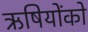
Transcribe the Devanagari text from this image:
ऋषियोंको